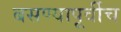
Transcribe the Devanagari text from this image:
बसण्यापूर्वीच